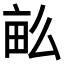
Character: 𤱔